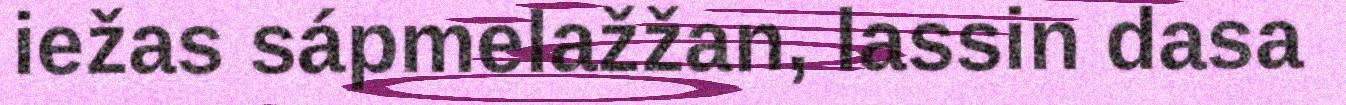
iežas sápmelažžan, lassin dasa